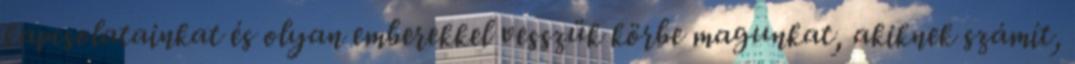
kapcsolatainkat és olyan emberekkel vesszük körbe magunkat, akiknek számít,